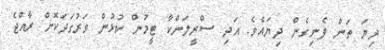
ދިޔަ ތަން ފެނިގެން ދިޔައެވެ. އަދި ސްރީލަންކާ ޓީމުން ކުޅުން ވަރުގަދަކޮށް ރާއްޖެ